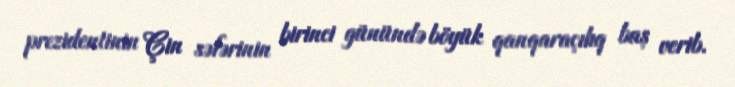
prezidentinin Çin səfərinin birinci günündə böyük qanqaraçılıq baş verib.